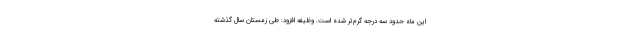
این ماه حدود سه درجه گرم‌تر شده است. وظیفه افزود: طی زمستان سال گذشته